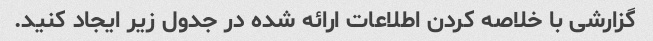
گزارشی با خلاصه کردن اطلاعات ارائه شده در جدول زیر ایجاد کنید.